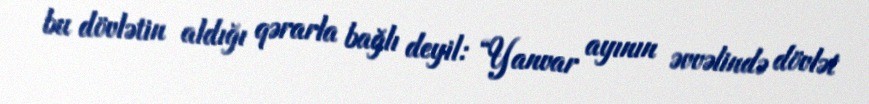
bu dövlətin aldığı qərarla bağlı deyil: “Yanvar ayının əvvəlində dövlət